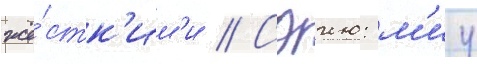
жё́стк'им'и // Сэию: м'иу